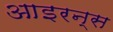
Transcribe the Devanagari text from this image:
आइरन्स